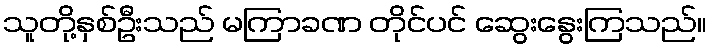
သူတို့နှစ်ဦးသည် မကြာခဏ တိုင်ပင် ဆွေးနွေးကြသည်။